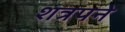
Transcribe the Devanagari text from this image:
शत्रपने